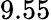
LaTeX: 9.55